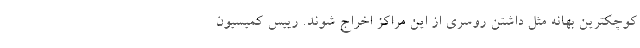
کوچکترین بهانه مثل داشتن روسری از این مراکز اخراج شوند. رییس کمیسیون